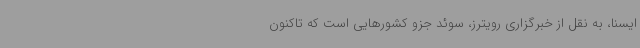
ایسنا، به نقل از خبرگزاری رویترز، سوئد جزو کشورهایی است که تاکنون